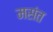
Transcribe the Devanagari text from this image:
मसंत